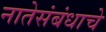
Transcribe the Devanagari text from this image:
नातेसंबंधाचे